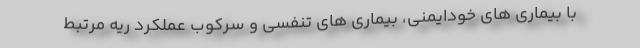
با بیماری های خودایمنی، بیماری های تنفسی و سرکوب عملکرد ریه مرتبط